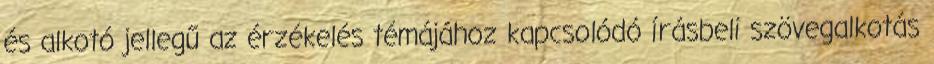
és alkotó jellegű az érzékelés témájához kapcsolódó írásbeli szövegalkotás